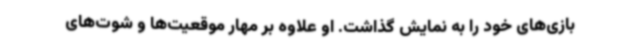
بازی‌های خود را به نمایش گذاشت. او علاوه بر مهار موقعیت‌ها و شوت‌های